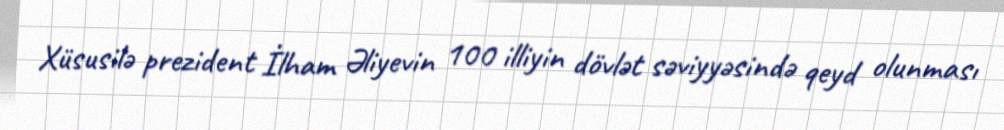
Xüsusilə prezident İlham Əliyevin 100 illiyin dövlət səviyyəsində qeyd olunması